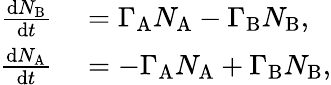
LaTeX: \begin{array}{rl}{\frac{\mathrm{d}N_{\mathrm{B}}}{\mathrm{d}t}}&{{}=\Gamma_{\mathrm{A}}N_{\mathrm{A}}-\Gamma_{\mathrm{B}}N_{\mathrm{B}},}\\ {\frac{\mathrm{d}N_{\mathrm{A}}}{\mathrm{d}t}}&{{}=-\Gamma_{\mathrm{A}}N_{\mathrm{A}}+\Gamma_{\mathrm{B}}N_{\mathrm{B}},}\end{array}